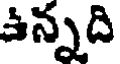
ఉన్నది